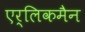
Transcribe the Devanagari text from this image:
एर्लिकमैन